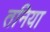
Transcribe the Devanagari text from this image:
तनिया